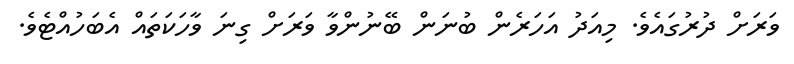
ވަރަށް ދުރުގައެވެ. މިއަދު އަހަރެން ބުނަން ބޭނުންވާ ވަރަށް ގިނަ ވާހަކަތައް އެބަހުއްޓެވެ.